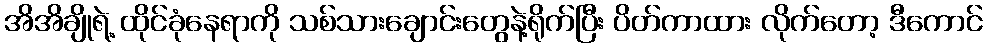
အိအိချိုရဲ့ ထိုင်ခုံနေရာကို သစ်သားချောင်းတွေနဲ့ရိုက်ပြီး ပိတ်ကာထား လိုက်တော့ ဒီကောင်